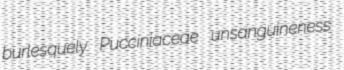
burlesquely Pucciniaceae unsanguineness